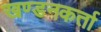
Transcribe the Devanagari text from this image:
खण्डनकर्ता